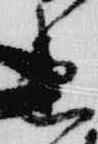
衛